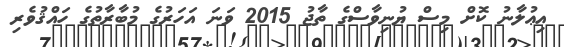
އިޢުލާނު ކޮށް މިސް ޔުނިވާސްގެ ތާޖު 2015 ވަނަ އަހަރުގެ މުބާރާތުގެ ހައްޤުވެރި